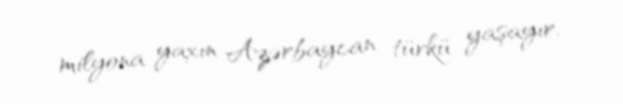
milyona yaxın Azərbaycan türkü yaşayır.